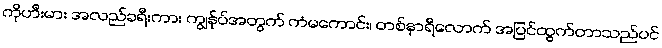
ကိုဟီးမား အလည်ခရီးကား ကျွန်ုပ်အတွက် ကံမကောင်း၊ တစ်နာရီလောက် အပြင်ထွက်တာသည်ပင်